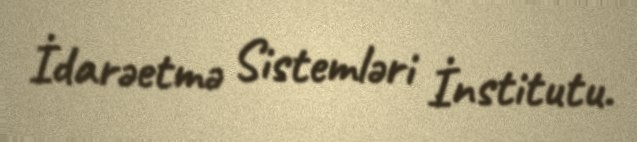
İdarəetmə Sistemləri İnstitutu.